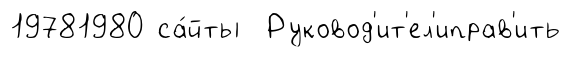
19781980 са́йты Руковод'ит'ел'иправ'ить